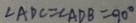
\angle A D C = \angle A D B = 9 0 ^ { \circ }